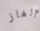
ألغاز